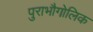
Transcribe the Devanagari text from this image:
पुराभौगोलिक